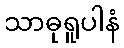
သာဓုရူပါနံ